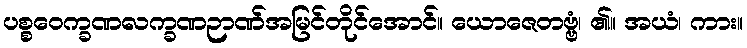
ပစ္စဝေက္ခဏလက္ခဏဉာဏ်အမြင်တိုင်အောင်။ ယောဇေတဗ္ဗံ၊ ၏။ အယံ၊ ကား။